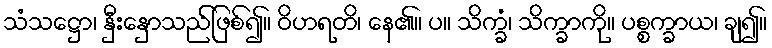
သံသဋ္ဌော၊ နှီးနှောသည်ဖြစ်၍။ ဝိဟရတိ၊ နေ၏။ ပ။ သိက္ခံ၊ သိက္ခာကို။ ပစ္စက္ခာယ၊ ချ၍။